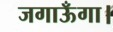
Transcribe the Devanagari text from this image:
जगाऊँगा।